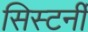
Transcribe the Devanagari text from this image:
सिस्टर्नी